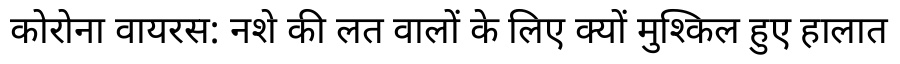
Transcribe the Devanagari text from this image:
कोरोना वायरस: नशे की लत वालों के लिए क्यों मुश्किल हुए हालात